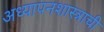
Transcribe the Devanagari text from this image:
अध्यापनशास्त्राची